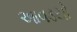
આવડયો